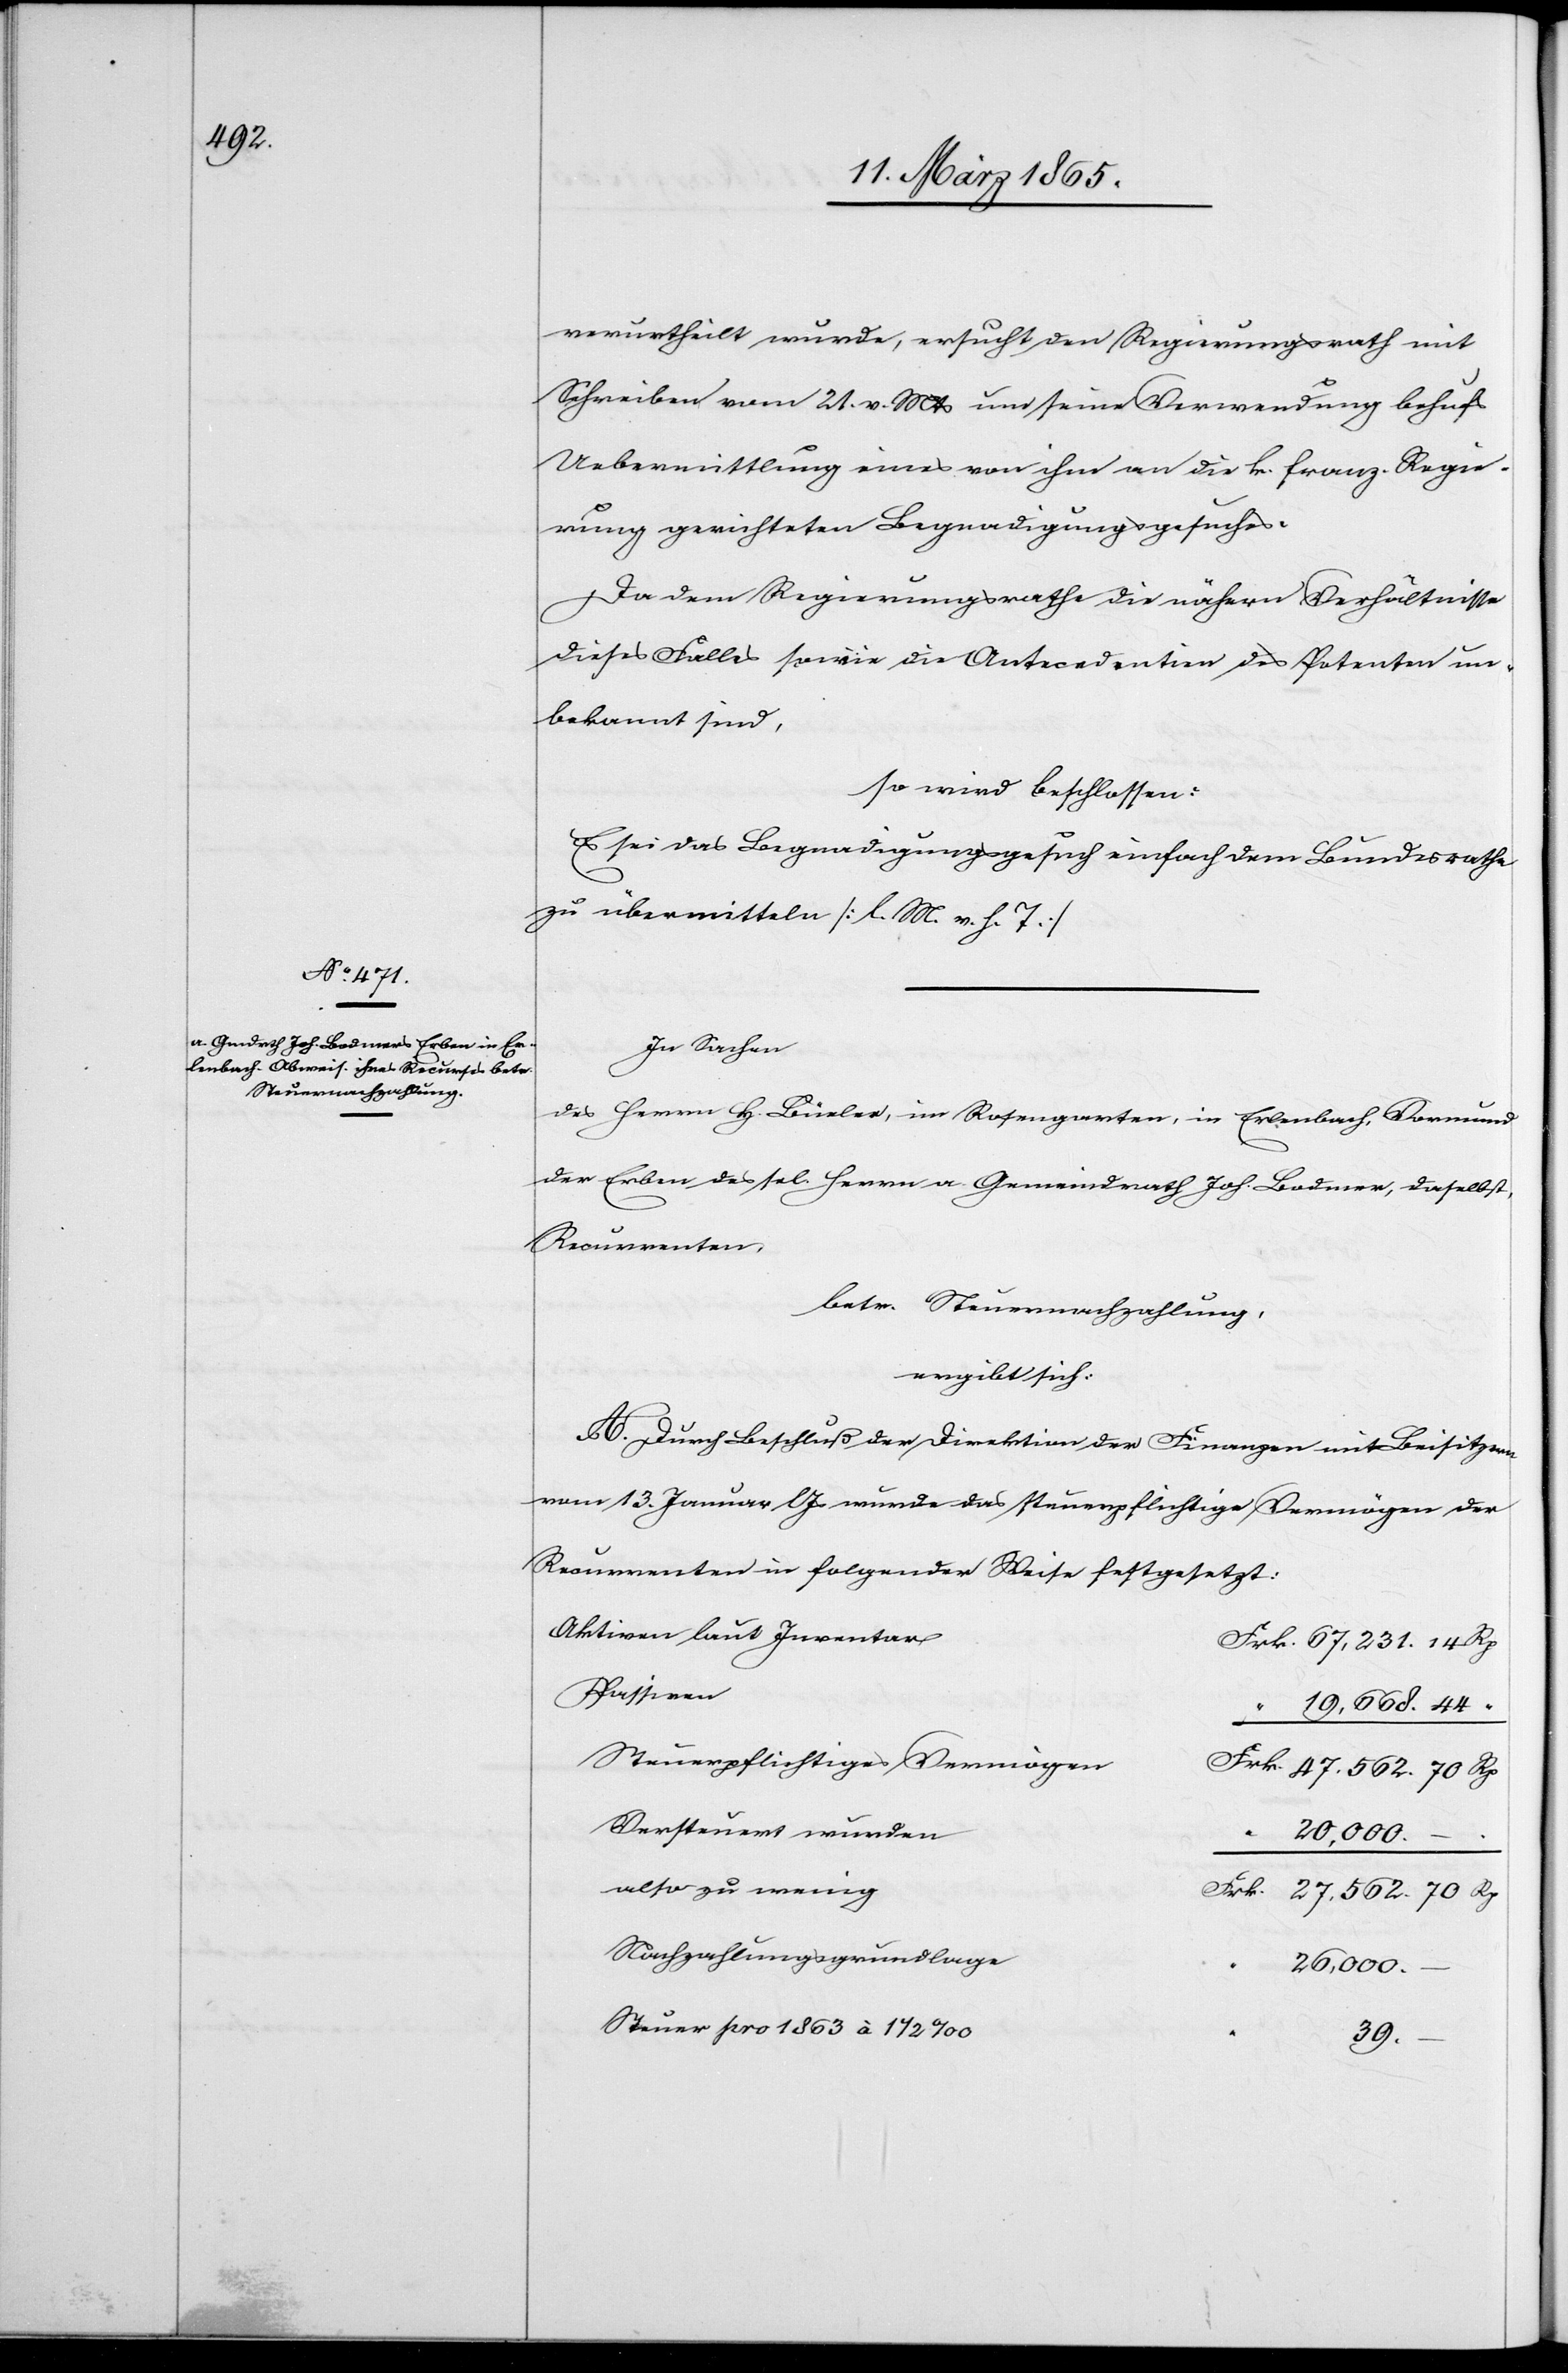
47.562.

verurtheilt wurde, ersucht den Regierungsrath mit
Schreiben vom 21. v. Mts um seine Verwendung behufs
Uebermittlung eines von ihm an die k. franz. Regie¬
rung gerichteten Begnadigungsgesuches.
Da dem Regierungsrathe die nähern Verhältnisse
dieses Falles sowie die Antecedentien des Petenten un¬
bekannt sind,
so wird beschlossen:
Es sei das Begnadigungsgesuch einfach dem Bundesrathe
zu übermitteln [l. M. v. h. T.]
In Sachen
des Herrn H. Büeler, im Rosengarten, in Erlenbach, Vormund
der Erben des sel. Herrn a. Gemeindrath Joh. Bodmer, daselbst,
Recurrenten,
betr. Steuernachzahlung,
ergibt sich:
A. durch Beschluß der Direktion der Finanzen mit Beisitzern
vom 13. Januar l Js wurde das steuerpflichtige Vermögen der
Recurrenten in folgender Weise festgesetzt:
Aktiven laut Inventar
Passiven
Steuerpflichtiges Vermögen
Versteuert wurden
“
20,000.
also zu wenig
Nachzahlungsgrundlage
26,000.
Steuer pro 1863 à 1 ½ ‰
39.